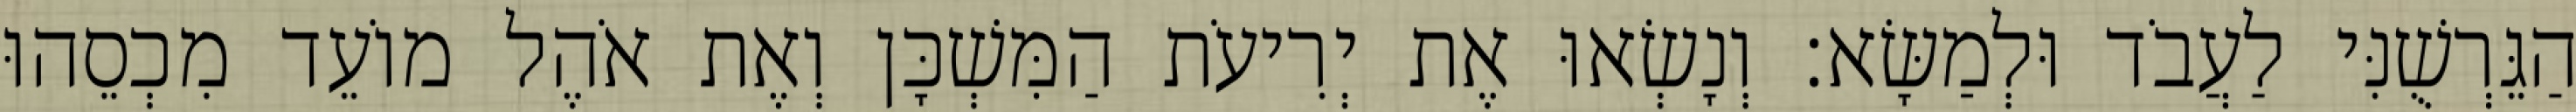
הַגֵּרְשֻׁנִּי לַעֲבֹד וּלְמַשָּׂא׃ וְנָשְׂאוּ אֶת יְרִיעֹת הַמִּשְׁכָּן וְאֶת אֹהֶל מוֹעֵד מִכְסֵהוּ